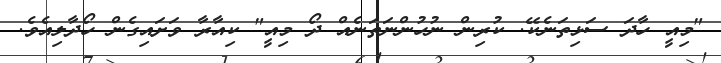
"މިއީ ހާދަ ސަޅިތަނެކޭ. ކުރިން ނުހުންނަތަނެއް ދޯ މިއީ" ކިއާރާ ވަށައިގެން ހޯދާލިއެވެ.